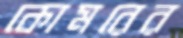
কোমরের